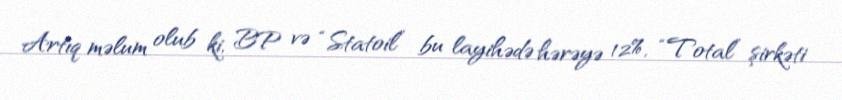
Artıq məlum olub ki, BP və “Statoil” bu layihədə hərəyə 12%, “Total” şirkəti